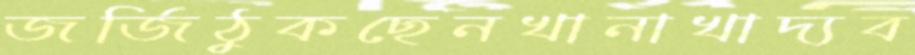
জর্জিঠুকছেনখানাখাদ্যব